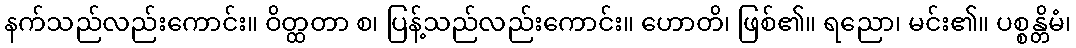
နက်သည်လည်းကောင်း။ ဝိတ္ထတာ စ၊ ပြန့်သည်လည်းကောင်း။ ဟောတိ၊ ဖြစ်၏။ ရညော၊ မင်း၏။ ပစ္စန္တိမံ၊